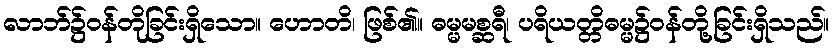
လာဘ်၌ဝန်တိုခြင်းရှိသော။ ဟောတိ၊ ဖြစ်၏။ ဓမ္မမစ္ဆရီ၊ ပရိယတ္တိဓမ္မ၌ဝန်တို့ခြင်းရှိသည်။